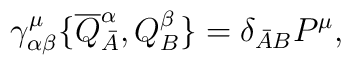
\gamma_{\alpha\beta}^\mu\{\overline Q_{\bar A}^\alpha,	Q_B^\beta\} = \delta_{\bar AB}P^\mu,